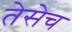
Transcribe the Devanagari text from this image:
तेसेच